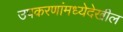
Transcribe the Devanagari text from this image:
उपकरणांमध्येदेखील